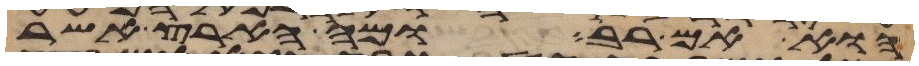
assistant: הוא אם רב ומה הארץ אשר